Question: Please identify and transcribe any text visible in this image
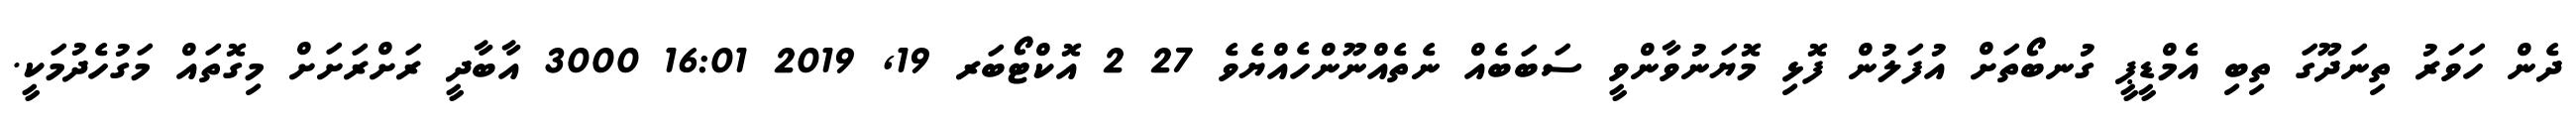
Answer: ދެން ހަވަރު ތިނަދޫގަ ތިބި އެމްޑީޕީ ގުނބޯތަށް އުފަލުން ފޮޅި މޮޔަނުވާންވީ ސަބަބެއް ނެތެއްނޫންހެއްޔެވެ 27 2 އޮކްޓޯބަރ 19, 2019 16:01 3000 އާބާދީ ރަށްރަށަށް މިގޮތައް މަގުހެދުމަކީ.